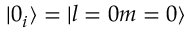
| 0 _ { i } \rangle = | l = 0 m = 0 \rangle